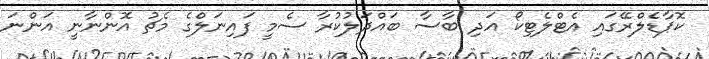
ކޮޕާޑެލްރޭގައި އެޓްލެޓިކޯ އަދި ބާސާ ބައްދަލުކުރާ ސެމީ ފައިނަލްގެ މެޗު އޮންނާނީ އަންނަ